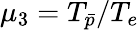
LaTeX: \mu_{3}=T_{\bar{p}}/T_{e}